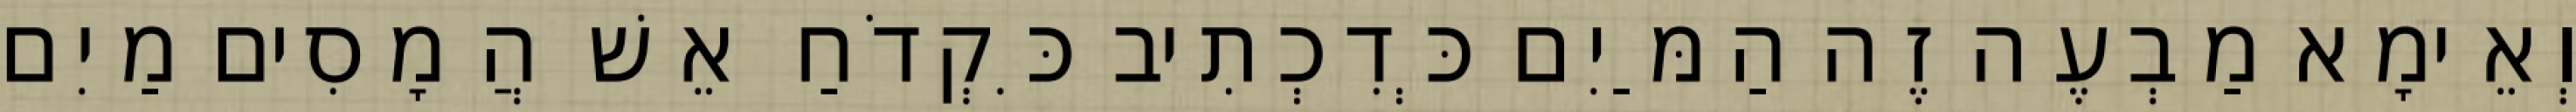
וְאֵימָא מַבְעֶה זֶה הַמַּיִם כְּדִכְתִיב כִּקְדֹחַ אֵשׁ הֲמָסִים מַיִם